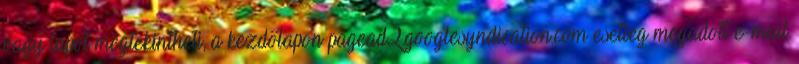
vagy lapot megtekintheti, a kezdőlapon pagead2.googlesyndication.com esetleg megadott e-mail